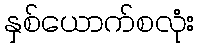
နှစ်ယောက်စလုံး